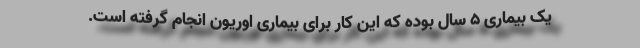
یک بیماری ۵ سال بوده که این کار برای بیماری اوریون انجام گرفته است.